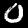
Label: 0